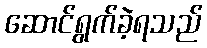
ဆောင်ရွက်ခဲ့ရသည်